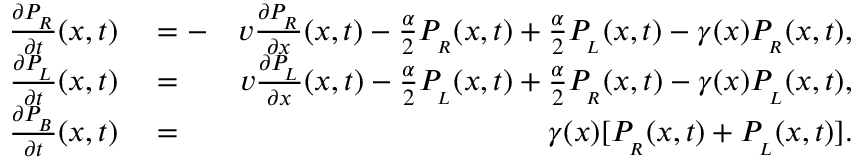
\begin{array} { r l r } { \frac { \partial P _ { _ R } } { \partial t } ( x , t ) } & { { } = - } & { v \frac { \partial P _ { _ R } } { \partial x } ( x , t ) - \frac { \alpha } { 2 } P _ { _ R } ( x , t ) + \frac { \alpha } { 2 } P _ { _ L } ( x , t ) - \gamma ( x ) P _ { _ R } ( x , t ) , } \\ { \frac { \partial P _ { _ L } } { \partial t } ( x , t ) } & { { } = } & { v \frac { \partial P _ { _ L } } { \partial x } ( x , t ) - \frac { \alpha } { 2 } P _ { _ L } ( x , t ) + \frac { \alpha } { 2 } P _ { _ R } ( x , t ) - \gamma ( x ) P _ { _ L } ( x , t ) , } \\ { \frac { \partial P _ { _ B } } { \partial t } ( x , t ) } & { { } = } & { \gamma ( x ) [ P _ { _ R } ( x , t ) + P _ { _ L } ( x , t ) ] . } \end{array}